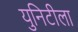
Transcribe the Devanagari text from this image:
युनिटीला